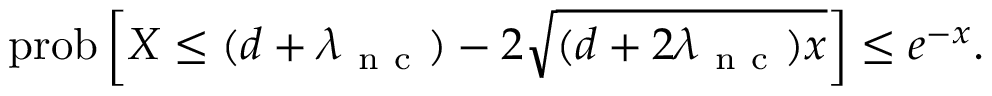
\mathrm { p r o b } \left[ X \leq ( d + \lambda _ { \mathrm { ~ n ~ c ~ } } ) - 2 \sqrt { ( d + 2 \lambda _ { \mathrm { ~ n ~ c ~ } } ) x } \right] \leq e ^ { - x } .